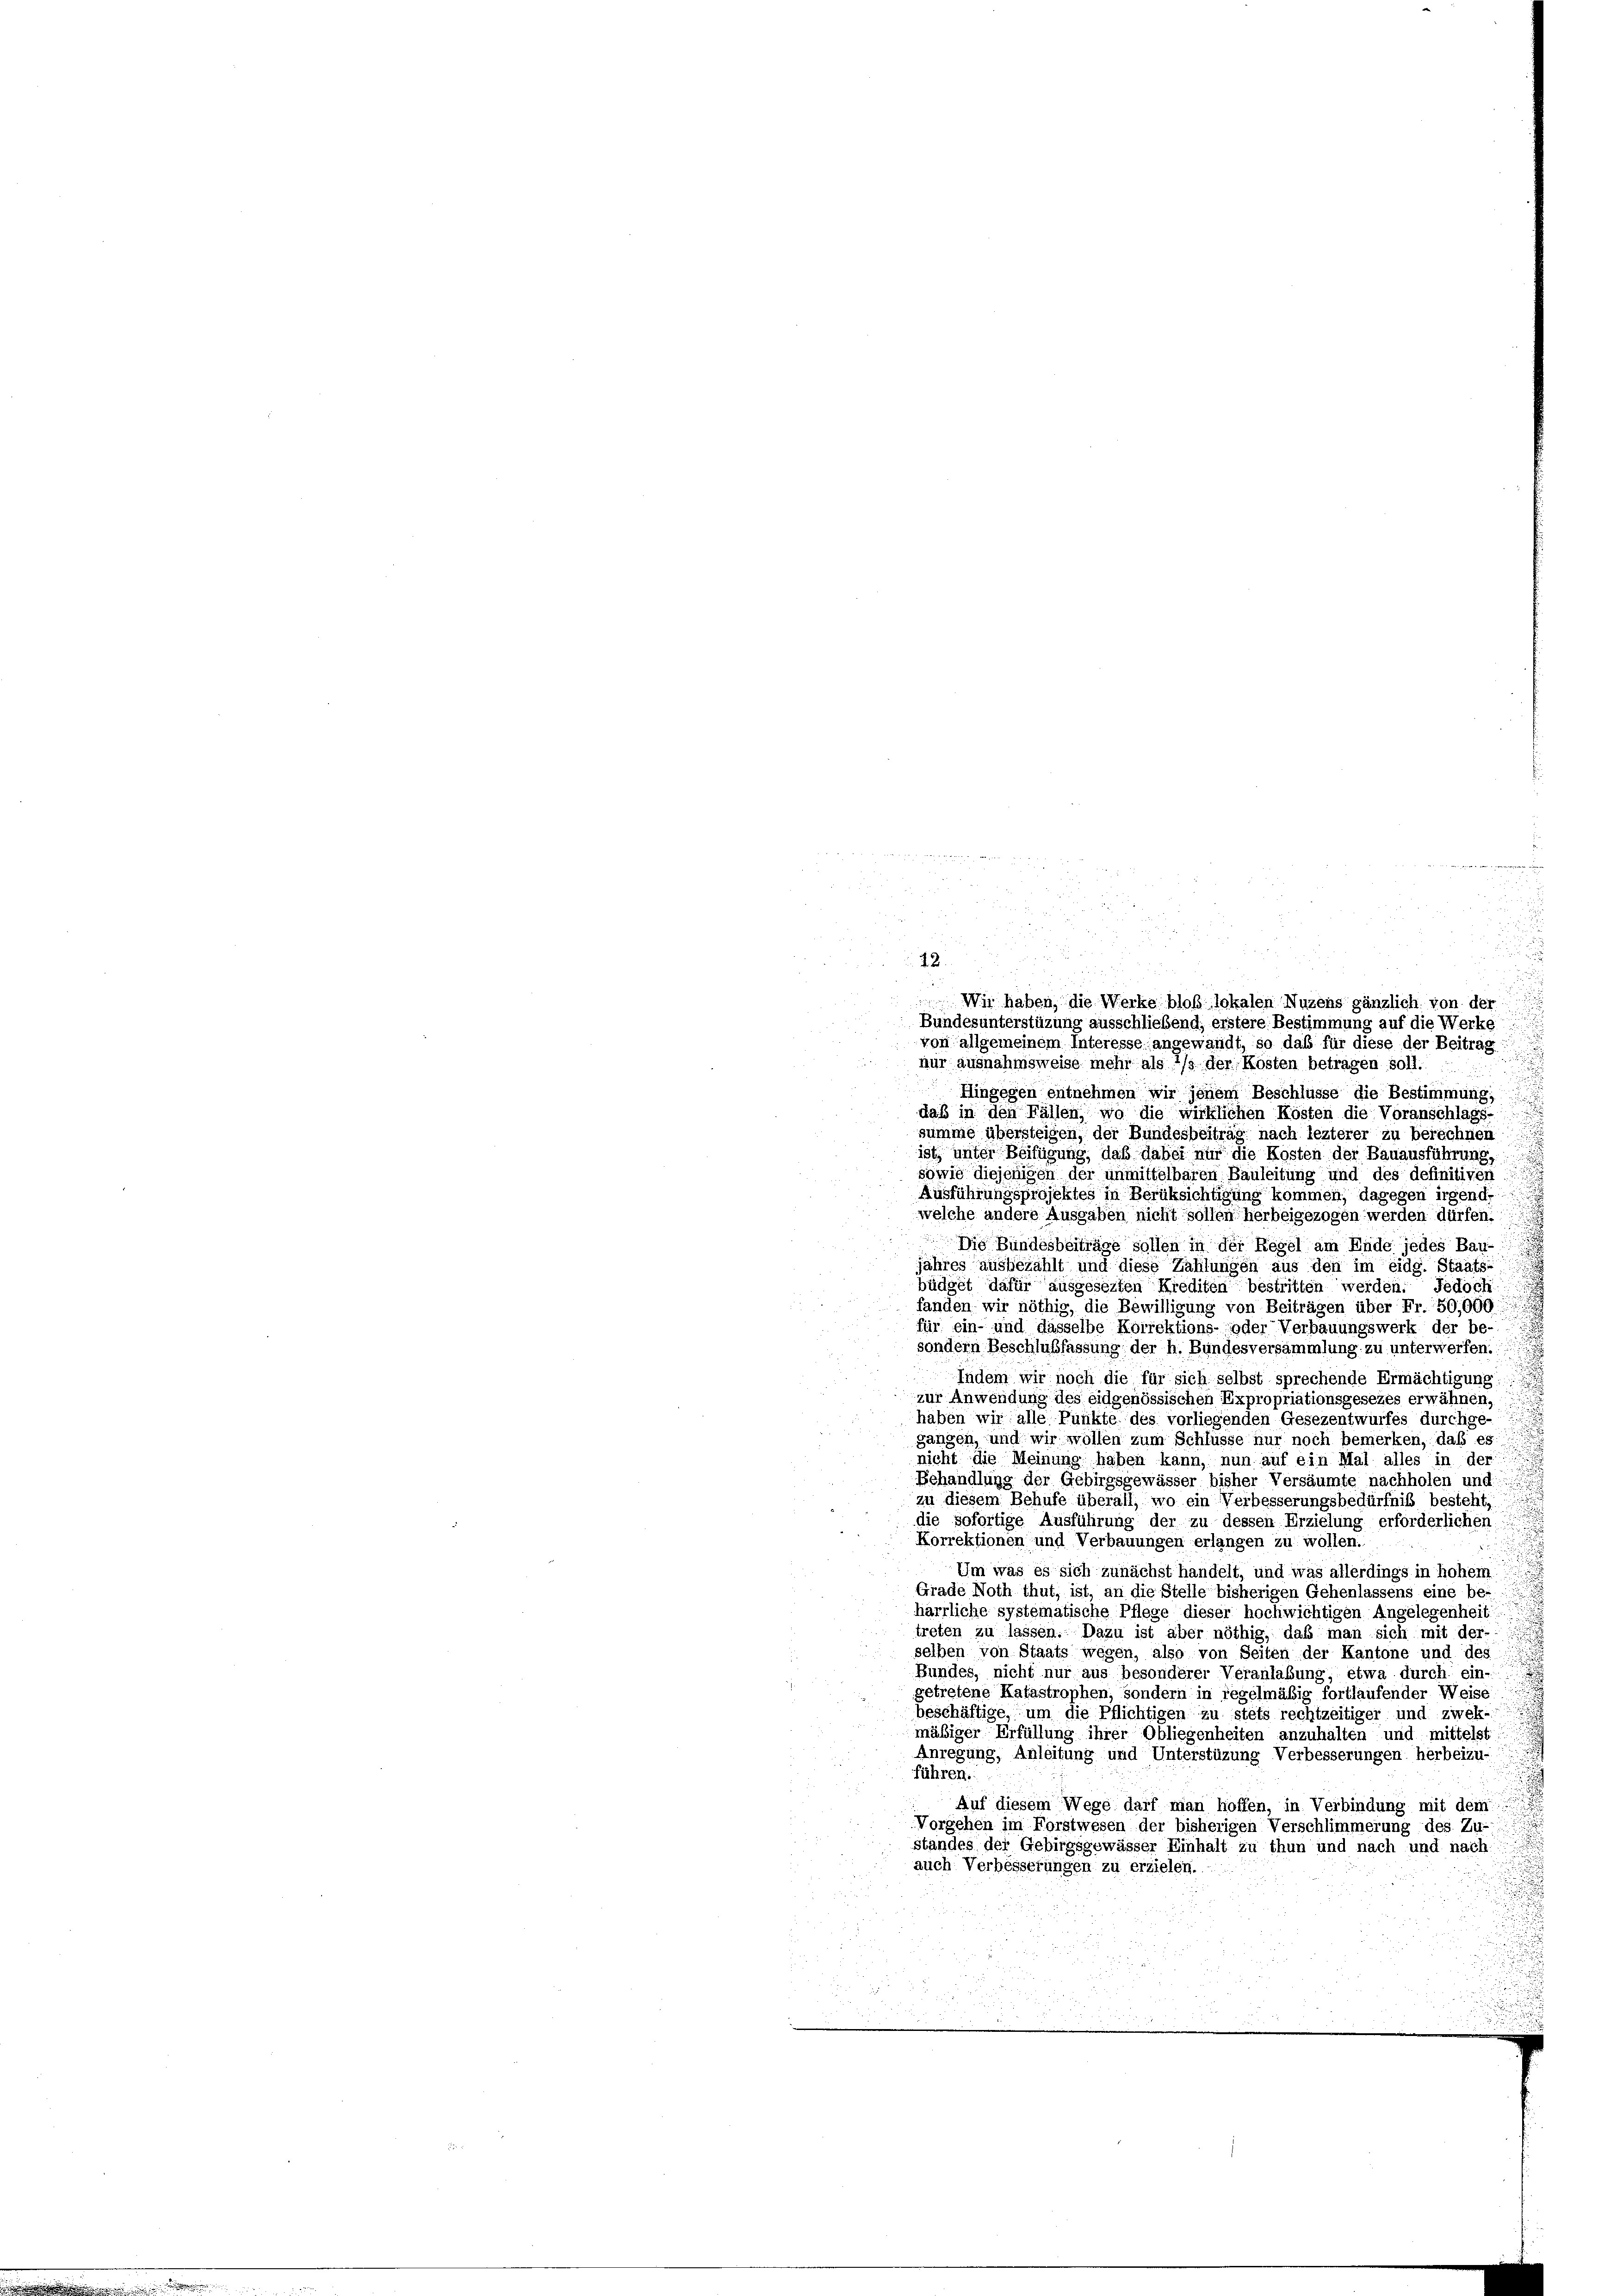
2
22.
u
u
Wir haben, die Werke bloß lokalen Nuzens gänzlich von der
Bundesunterstüzung ausschließend, erstere Bestimmung auf die Werke
von allgemeinem Interesse angewandt, so daß für diese der Beitrag
nur ausnahmsweise mehr als */s der Kosten betragen soll.
Hingegen entnehmen wir jenem Beschlüsse die Bestimmung,
daß in den Fällen, wo die wirklichen Kosten die Voranschlags-
summe übersteigen, der Bundesbeitrag nach lezterer zu berechnen
ist, unter Beifügung, daß dabei nur die Kosten der Bauausführung,
sowie diejenigen der unmittelbaren Bauleitung und des definitiven
Ausführungsprojektes in Berüksichtigung kommen, dagegen irgende
welche andere Ausgaben nicht sollen herbeigezogen werden dürfen.
Die Bundesbeiträge sollen in der Regel am Ende jedes Bau-
jahres ausbezahlt und diese Zahlungen aus den im eidg. Staats-
büdget dafür ausgesezten Krediten bestritten werden. Jedoch
fanden wir nöthig, die Bewilligung von Beiträgen über Fr. 50,000
für ein- und dasselbe Korrektions- oder Verbauungswerk der be-
sondern Beschlußfassung, der h. Bundesversammlung zu unterwerfen.
Indem wir noch die für sich selbst sprechende Ermächtigung:
zur Anwendung des eidgenössischen Expropriationsgesezes erwähnen.
haben wir alle Punkte des vorliegenden Gesezentwurfes durchge-
gangen, und wir wollen zum Schlüsse nur noch bemerken, daß es
nicht die Meinung haben kann, nun auf ein Mal alles in der
Behandlung der Gebirgsgewässer bisher Versäumte nachholen und
zu diesem Behufe überall, wo ein Verbesserungsbedürfniß besteht,
die sofortige Ausführung der zu dessen Erzielung erforderlichen
Korrektionen und Verbauungen erlangen zu wollen.
Um was es sich zunächst handelt, und was allerdings in hohem
Grade Noth thut, ist, an die Stelle bisherigen Gehenlassens eine be-
härrliche systematische Pflege dieser hochwichtigen Angelegenheit
treten zu lassen. Dazu ist aber nöthig, daß man sich mit der-
selben von Staats wegen, also von Seiten der Kantone und des
Bundes, nicht nur aus besonderer Veranlaßung, etwa durch ein
getretene Katastrophen, sondern in regelmäßig fortlaufender Weise
beschäftige, um die Pflichtigen zu stets rechtzeitiger und zwek-
mäßiger Erfüllung ihrer Obliegenheiten anzuhalten und mittelst
Anregung, Anleitung und Unterstüzung Verbesserungen herbeizu-
führen.
Auf diesem Wege darf man hoffen, in Verbindung mit dem
Vorgehen im Forstwesen der bisherigen Verschlimmerung des Zu-
standes der Gebirgsgewässer Einhalt zu thun und nach und nach
auch Verbesserungen zu erzielen.